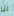
انا